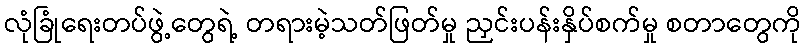
လုံခြုံရေးတပ်ဖွဲ့တွေရဲ့ တရားမဲ့သတ်ဖြတ်မှု ညှင်းပန်းနှိပ်စက်မှု စတာတွေကို